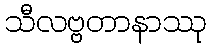
သီလဗ္ဗတာနာဿု